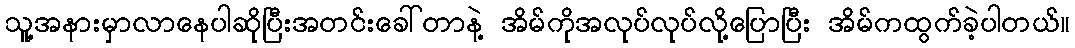
သူ့အနားမှာလာနေပါဆိုပြီးအတင်းခေါ်တာနဲ့ အိမ်ကိုအလုပ်လုပ်လို့ပြောပြီး အိမ်ကထွက်ခဲ့ပါတယ်။